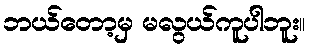
ဘယ်တော့မှ မလွယ်ကူပါဘူး။